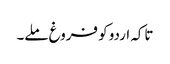
تاکہ اردو کو فروغ ملے۔